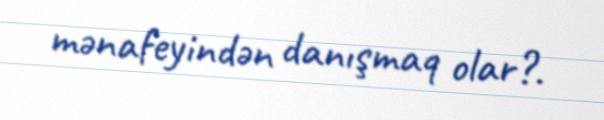
mənafeyindən danışmaq olar?.